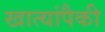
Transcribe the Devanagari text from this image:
खात्यांपैकी